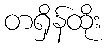
တရှိန်ထိုး